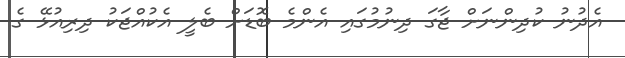
އެދުނު ކުދިންނަށް ޖާގަ ދިނުމުގައި އެންމެ ބޮޑަށް ބެލީ އެކުއްޖަކު ދިރިއުޅޭ ގެ